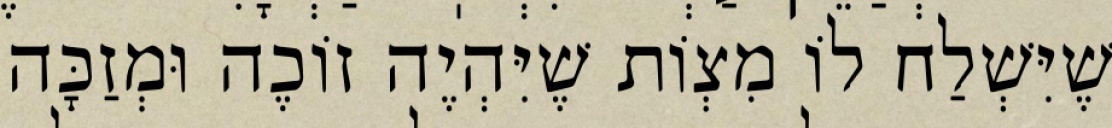
שֶׁיִּשְׁלַח לוֹ מִצְוֹת שֶׁיִּהְיֶה זוֹכֶה וּמְזַכָּה